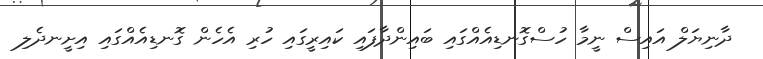
ދާނިޔަލް އައިސް ނީމާ ހުސްގޮނޑިއެއްގައި ބައިންދާފައި ކައިރީގައި ހުރި އެހެން ގޮނޑިއެއްގައި އިށީނދެލި